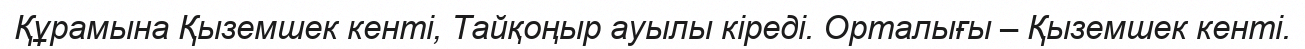
Құрамына Қыземшек кенті, Тайқоңыр ауылы кіреді. Орталығы – Қыземшек кенті.